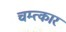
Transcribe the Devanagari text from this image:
चम्त्कार